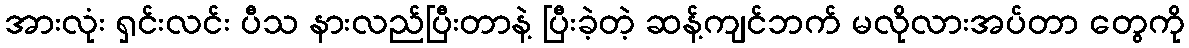
အားလုံး ရှင်းလင်း ပီသ နားလည်ပြီးတာနဲ့ ပြီးခဲ့တဲ့ ဆန့်ကျင်ဘက် မလိုလားအပ်တာ တွေကို